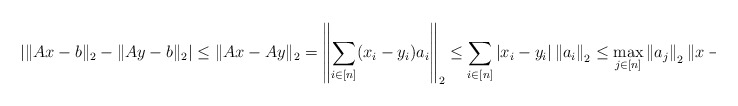
\begin{align*}\left|\|Ax-b\|_2-\|Ay-b\|_2\right|\le\|Ax-Ay\|_2=\left\|\sum_{i\in[n]}(x_i-y_i)a_i\right\|_2\le\sum_{i\in[n]}|x_i-y_i|\left\|a_i\right\|_2\le\max_{j\in[n]}\left\|a_j\right\|_2\|x-y\|_1.\end{align*}